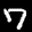
Label: 7